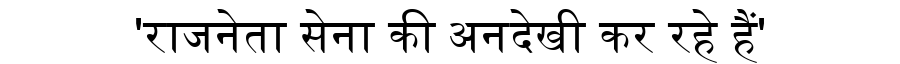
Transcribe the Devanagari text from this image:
'राजनेता सेना की अनदेखी कर रहे हैं'